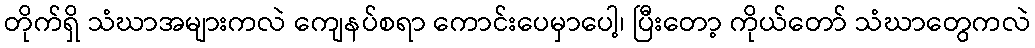
တိုက်ရှိ သံဃာအများကလဲ ကျေနပ်စရာ ကောင်းပေမှာပေါ့၊ ပြီးတော့ ကိုယ်တော် သံဃာတွေကလဲ